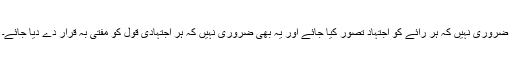
ضروری نہیں کہ ہر رائے کو اجتہاد تصور کیا جائے اور یہ بھی ضروری نہیں کہ ہر اجتہادی قول کو مفتیٰ بہ قرار دے دیا جائے۔